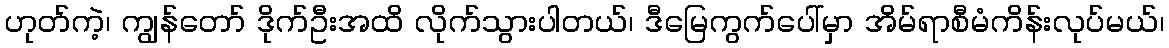
ဟုတ်ကဲ့၊ ကျွန်တော် ဒိုက်ဦးအထိ လိုက်သွားပါတယ်၊ ဒီမြေကွက်ပေါ်မှာ အိမ်ရာစီမံကိန်းလုပ်မယ်၊